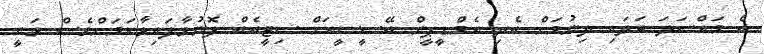
އެ މައްސަލަ ބަލައި ދިނުމަށް އެދި އެމްޑީޕީން އޭސީސީއަށް ސިޓީއެއް ފޮނުވާފައިވާކަމަށްވެސް ވަނީ